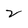
Character: 2